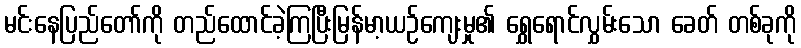
မင်းနေပြည်တော်ကို တည်ထောင်ခဲ့ကြပြီးမြန်မာ့ယဉ်ကျေးမှု၏ ရွှေရောင်လွှမ်းသော ခေတ် တစ်ခုကို